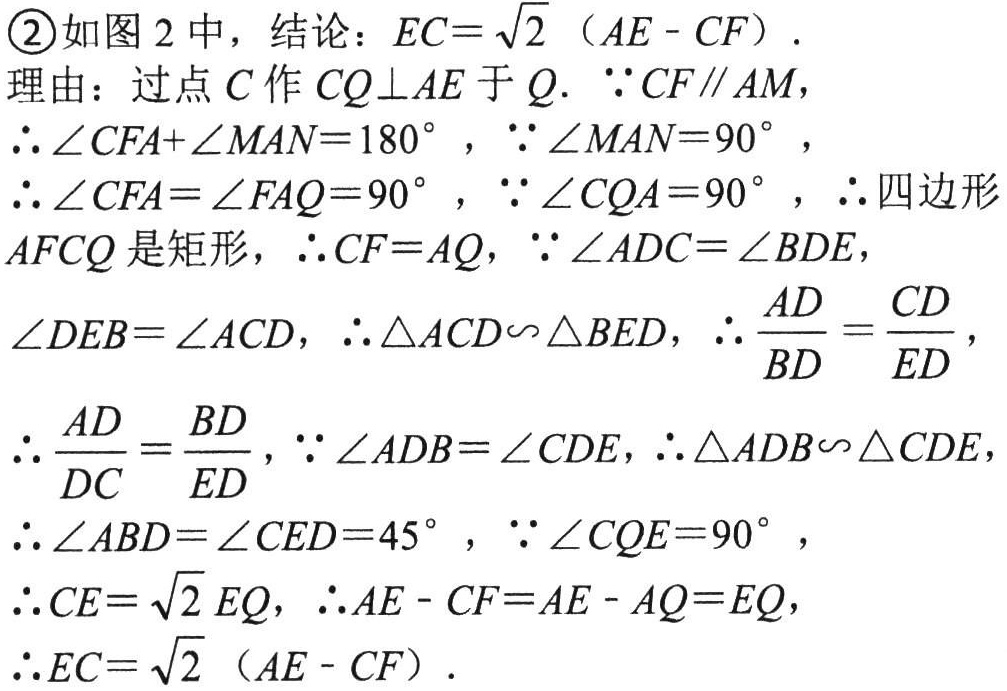
\textcircled{2}如图 2 中，结论：$EC = \sqrt{2}(AE - CF)$.
理由：过点$C$作$CQ\perp AE$于$Q$. $\because CF\parallel AM$，
$\therefore\angle CFA+\angle MAN = 180^{\circ}$，$\because\angle MAN = 90^{\circ}$，
$\therefore\angle CFA=\angle FAQ = 90^{\circ}$，$\because\angle CQA = 90^{\circ}$，$\therefore$四边形
$AFCQ$是矩形，$\therefore CF = AQ$，$\because\angle ADC=\angle BDE$，
$\angle DEB=\angle ACD$，$\therefore\triangle ACD\backsim\triangle BED$，$\therefore\frac{AD}{BD}=\frac{CD}{ED}$，
$\therefore\frac{AD}{DC}=\frac{BD}{ED}$，$\because\angle ADB=\angle CDE$，$\therefore\triangle ADB\backsim\triangle CDE$，
$\therefore\angle ABD=\angle CED = 45^{\circ}$，$\because\angle CQE = 90^{\circ}$，
$\therefore CE=\sqrt{2}EQ$，$\therefore AE - CF=AE - AQ = EQ$，
$\therefore EC=\sqrt{2}(AE - CF)$.